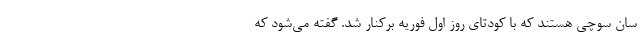
سان سوچی هستند که با کودتای روز اول فوریه برکنار شد. گفته می‌شود که